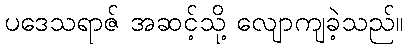
ပဒေသရာဇ် အဆင့်သို့ လျောကျခဲ့သည်။